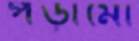
পড়ামো